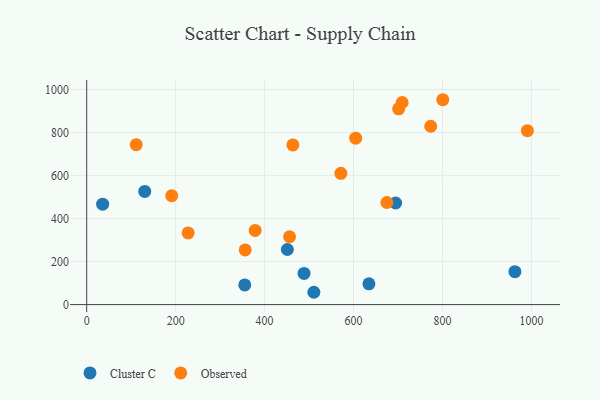
{"axis": {"x": "Investment", "y": "Sales"}, "legend": ["Cluster C", "Observed"], "data": [{"x": "694.6", "y": 472.5, "type": "Cluster C"}, {"x": "451.2", "y": 256.3, "type": "Cluster C"}, {"x": "488.7", "y": 145.1, "type": "Cluster C"}, {"x": "35.8", "y": 467.2, "type": "Cluster C"}, {"x": "510.8", "y": 57.3, "type": "Cluster C"}, {"x": "130.5", "y": 526.5, "type": "Cluster C"}, {"x": "962.9", "y": 153.0, "type": "Cluster C"}, {"x": "355.4", "y": 91.4, "type": "Cluster C"}, {"x": "634.6", "y": 96.6, "type": "Cluster C"}, {"x": "463.6", "y": 742.6, "type": "Observed"}, {"x": "571.5", "y": 610.7, "type": "Observed"}, {"x": "800.7", "y": 953.0, "type": "Observed"}, {"x": "675.0", "y": 474.9, "type": "Observed"}, {"x": "701.4", "y": 910.7, "type": "Observed"}, {"x": "111.3", "y": 743.7, "type": "Observed"}, {"x": "604.8", "y": 774.0, "type": "Observed"}, {"x": "990.9", "y": 808.8, "type": "Observed"}, {"x": "773.6", "y": 829.5, "type": "Observed"}, {"x": "191.2", "y": 506.3, "type": "Observed"}, {"x": "709.3", "y": 940.1, "type": "Observed"}, {"x": "228.1", "y": 333.2, "type": "Observed"}, {"x": "356.4", "y": 254.5, "type": "Observed"}, {"x": "378.8", "y": 345.2, "type": "Observed"}, {"x": "456.2", "y": 315.5, "type": "Observed"}]}